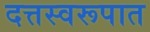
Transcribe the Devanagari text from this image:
दत्तस्वरूपात